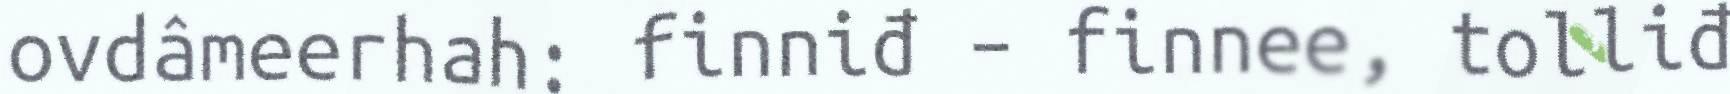
ovdâmeerhah: finniđ – finnee, tolliđ